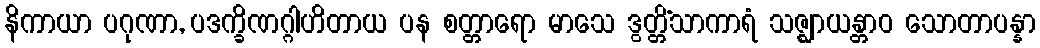
နိကာယာ ပဂုဏာ, ပဒက္ခိဏဂ္ဂါဟိတာယ ပန စတ္တာရော မာသေ ဒွတ္တိံသာကာရံ သဇ္ဈာယန္တာဝ သောတာပန္နာ